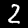
Label: 2